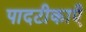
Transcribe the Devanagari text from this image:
पादटीकाएँ